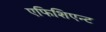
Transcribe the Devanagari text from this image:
एफिशिएन्ट